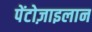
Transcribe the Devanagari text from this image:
पेंटोज़ाइलान